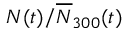
{ N } ( t ) / \overline { { N } } _ { 3 0 0 } ( t )